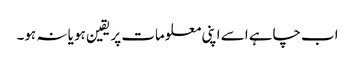
اب چاہے اسے اپنی معلومات پر یقین ہو یا نہ ہو۔